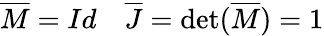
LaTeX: \overline{{M}}=Id\quad\overline{{J}}=\operatorname*{det}(\overline{{M}})=1